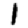
Digit: 1